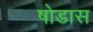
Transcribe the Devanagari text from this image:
षोडास